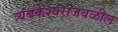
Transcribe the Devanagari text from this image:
त्र्यंबकेश्वराजवळील